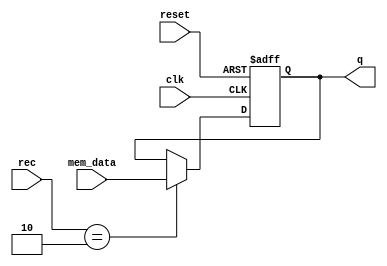

module ir(
   input [15:0]      mem_data,
   input [1:0]       rec,
   input             clk,
   input             reset,
   output reg [15:0] q
);
   
   always @(posedge clk or negedge reset)
      if (reset == 1'b0)
         q <= 16'b0000000000000000;
      else 
         case (rec)
            2'b10 :
               q <= mem_data;
            default :
               ;
         endcase
   
endmodule